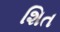
શિત